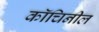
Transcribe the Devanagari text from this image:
कॉचिनील